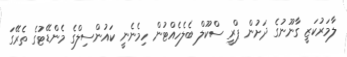
ލާމަރުކަޒީ ގާނޫނުގެ ދަށުން ޕްރީ ސްކޫލް ބެލެހެއްޓުން ހިމެނެނީ ކައުންސިލްގެ މެންޑޭޓުގެ ތެރޭގަ